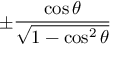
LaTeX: \pm { \frac { \cos \theta } { \sqrt { 1 - \cos ^ { 2 } \theta } } }